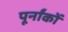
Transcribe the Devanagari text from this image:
पूर्नांकों